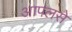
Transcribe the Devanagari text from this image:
आपलसे